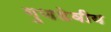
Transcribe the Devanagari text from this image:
गुणडेवीय